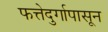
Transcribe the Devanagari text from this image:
फत्तेदुर्गापासून